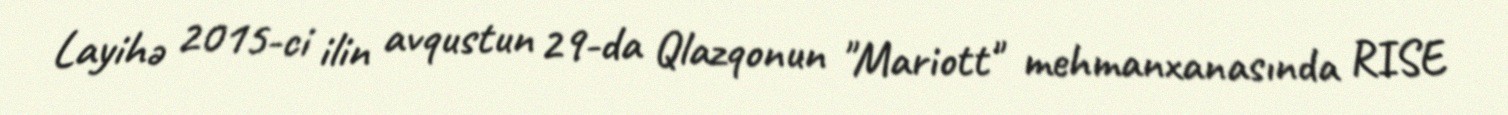
Layihə 2015-ci ilin avqustun 29-da Qlazqonun "Mariott" mehmanxanasında RISE